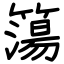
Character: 簜